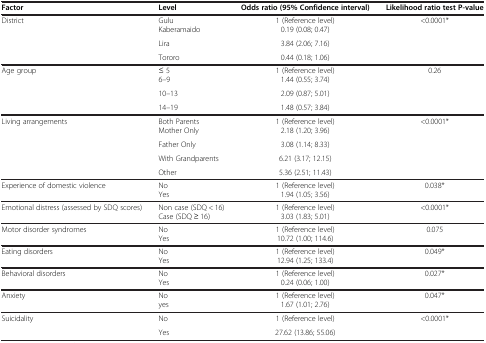
<table><thead><tr><td><b>Factor</b></td><td><b>Level</b></td><td><b>Odds ratio (95% Confidence interval)</b></td><td><b>Likelihood ratio test P-value</b></td></tr></thead><tbody><tr><td rowspan="4">District</td><td>Gulu</td><td>1 (Reference level)</td><td rowspan="4">&lt;0.0001*</td></tr><tr><td>Kaberamaido</td><td>0.19 (0.08; 0.47)</td></tr><tr><td>Lira</td><td>3.84 (2.06; 7.16)</td></tr><tr><td>Tororo</td><td>0.44 (0.18; 1.06)</td></tr><tr><td rowspan="4">Age group</td><td>≤ 5</td><td>1 (Reference level)</td><td rowspan="4">0.26</td></tr><tr><td>6–9</td><td>1.44 (0.55; 3.74)</td></tr><tr><td>10–13</td><td>2.09 (0.87; 5.01)</td></tr><tr><td>14–19</td><td>1.48 (0.57; 3.84)</td></tr><tr><td rowspan="5">Living arrangements</td><td>Both Parents</td><td>1 (Reference level)</td><td rowspan="5">&lt;0.0001*</td></tr><tr><td>Mother Only</td><td>2.18 (1.20; 3.96)</td></tr><tr><td>Father Only</td><td>3.08 (1.14; 8.33)</td></tr><tr><td>With Grandparents</td><td>6.21 (3.17; 12.15)</td></tr><tr><td>Other</td><td>5.36 (2.51; 11.43)</td></tr><tr><td rowspan="2">Experience of domestic violence</td><td>No</td><td>1 (Reference level)</td><td rowspan="2">0.038*</td></tr><tr><td>Yes</td><td>1.94 (1.05; 3.56)</td></tr><tr><td rowspan="2">Emotional distress (assessed by SDQ scores)</td><td>Non case (SDQ &lt; 16)</td><td>1 (Reference level)</td><td rowspan="2">&lt;0.0001*</td></tr><tr><td>Case (SDQ ≥ 16)</td><td>3.03 (1.83; 5.01)</td></tr><tr><td rowspan="2">Motor disorder syndromes</td><td>No</td><td>1 (Reference level)</td><td rowspan="2">0.075</td></tr><tr><td>Yes</td><td>10.72 (1.00; 114.6)</td></tr><tr><td rowspan="2">Eating disorders</td><td>No</td><td>1 (Reference level)</td><td rowspan="2">0.049*</td></tr><tr><td>Yes</td><td>12.94 (1.25; 133.4)</td></tr><tr><td rowspan="2">Behavioral disorders</td><td>No</td><td>1 (Reference level)</td><td rowspan="2">0.027*</td></tr><tr><td>Yes</td><td>0.24 (0.06; 1.00)</td></tr><tr><td rowspan="2">Anxiety</td><td>No</td><td>1 (Reference level)</td><td rowspan="2">0.047*</td></tr><tr><td>yes</td><td>1.67 (1.01; 2.76)</td></tr><tr><td rowspan="2">Suicidality</td><td>No</td><td>1 (Reference level)</td><td rowspan="2">&lt;0.0001*</td></tr><tr><td>Yes</td><td>27.62 (13.86; 55.06)</td></tr></tbody></table>